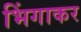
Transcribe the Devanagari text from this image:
भिंगाकर